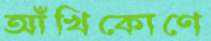
আঁখিকোণে